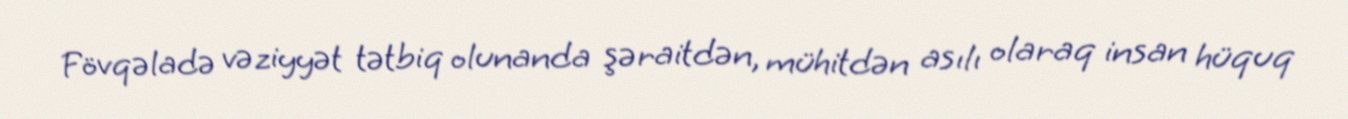
Fövqəladə vəziyyət tətbiq olunanda şəraitdən, mühitdən asılı olaraq insan hüquq